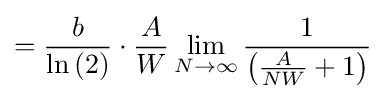
={\frac {b}{\ln \left(2\right)}}\cdot {\frac {A}{W}}\lim _{N\to \infty }{\frac {1}{\left({\frac {A}{NW}}+1\right)}}